Plague in India, 1896, 1897 - Volume 3
Year: 1896
Disease focus: Plague
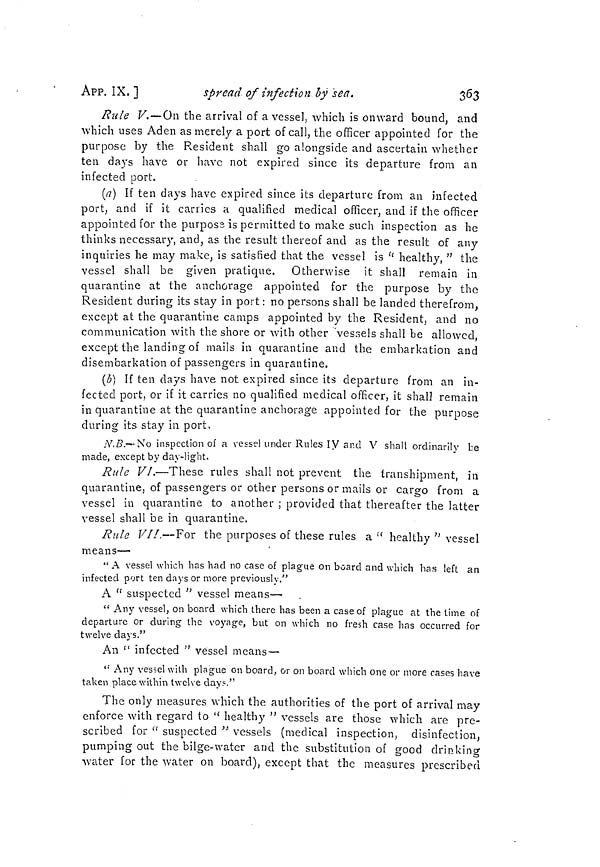
363
APP. IX, ]
spread of infection by 'sea.
Rule V. — On the arrival of a vessel, which is onward bound, and
which uses Aden as merely a port of call, the officer appointed for the
purpose by the Resident shall go alongside and ascertain whether
ten days have or have not expired since its departure from an
infected port.
(a) If ten days have expired since its departure from an infected
port, and if it carries a qualified medical officer, and if the officer
appointed for the purposs is permitted to make such inspection as he
thinks necessary, and, as the result thereof and as the result of any
inquiries he may make, is satisfied that the vessel is " healthy, " the
vessel shall be given pratique. Otherwise it shall remain in
quarantine at the anchorage appointed for the purpose by the
Resident during its stay in port: no persons shall be landed therefrom,
except at the quarantine camps appointed by the Resident, and no
communication with the shore or with other Vessels shall he allowed,
except the landing of mails in quarantine and the embarkation and
disembarkation of passengers in quarantine.
(b) If ten days have not expired since its departure from an in-
fected port, or if it carries no qualified medical officer, it shall remain
in quarantine at the quarantine anchorage appointed for the purpose
during its stay in port,
N.B.— No inspection of a vessel under Rules IV and V shall ordinarily be
made, except by day-light.
Rule VI.—These rules shall not prevent the transhipment, in
quarantine, of passengers or other persons or mails or cargo from a
vessel in quarantine to another ; provided that thereafter the latter
vessel shall be in quarantine.
Rule VI!.—For the purposes of these rules a " healthy " vessel
means—
"A vessel which has had no case of plague on board and which has left an
infected port ten days or more previously."
A " suspected " vessel means—
" Any vessel, on board which there has been a case of plague at the time of
departure or during the voyage, but on which no fresh case has occurred for
twelve days."
An " infected " vessel means—
" Any vessel with plague on board, or on board which one or more cases have
taken place within twelve day."
The only measures which the authorities of the port of arrival may
enforce with regard to " healthy " vessels are those which are pre-
scribed for " suspected " vessels (medical inspection, disinfection,
pumping out the bilge-water and the substitution of good drinking
water for the water on board), except that the measures prescribed